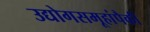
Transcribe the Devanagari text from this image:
उद्योगसमूहांपैकी